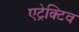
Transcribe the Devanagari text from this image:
एट्रेक्टिव